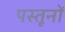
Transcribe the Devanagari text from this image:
पस्तूनों